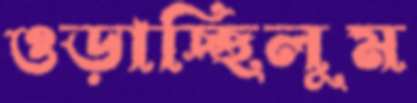
ওড়াচ্ছিলুম